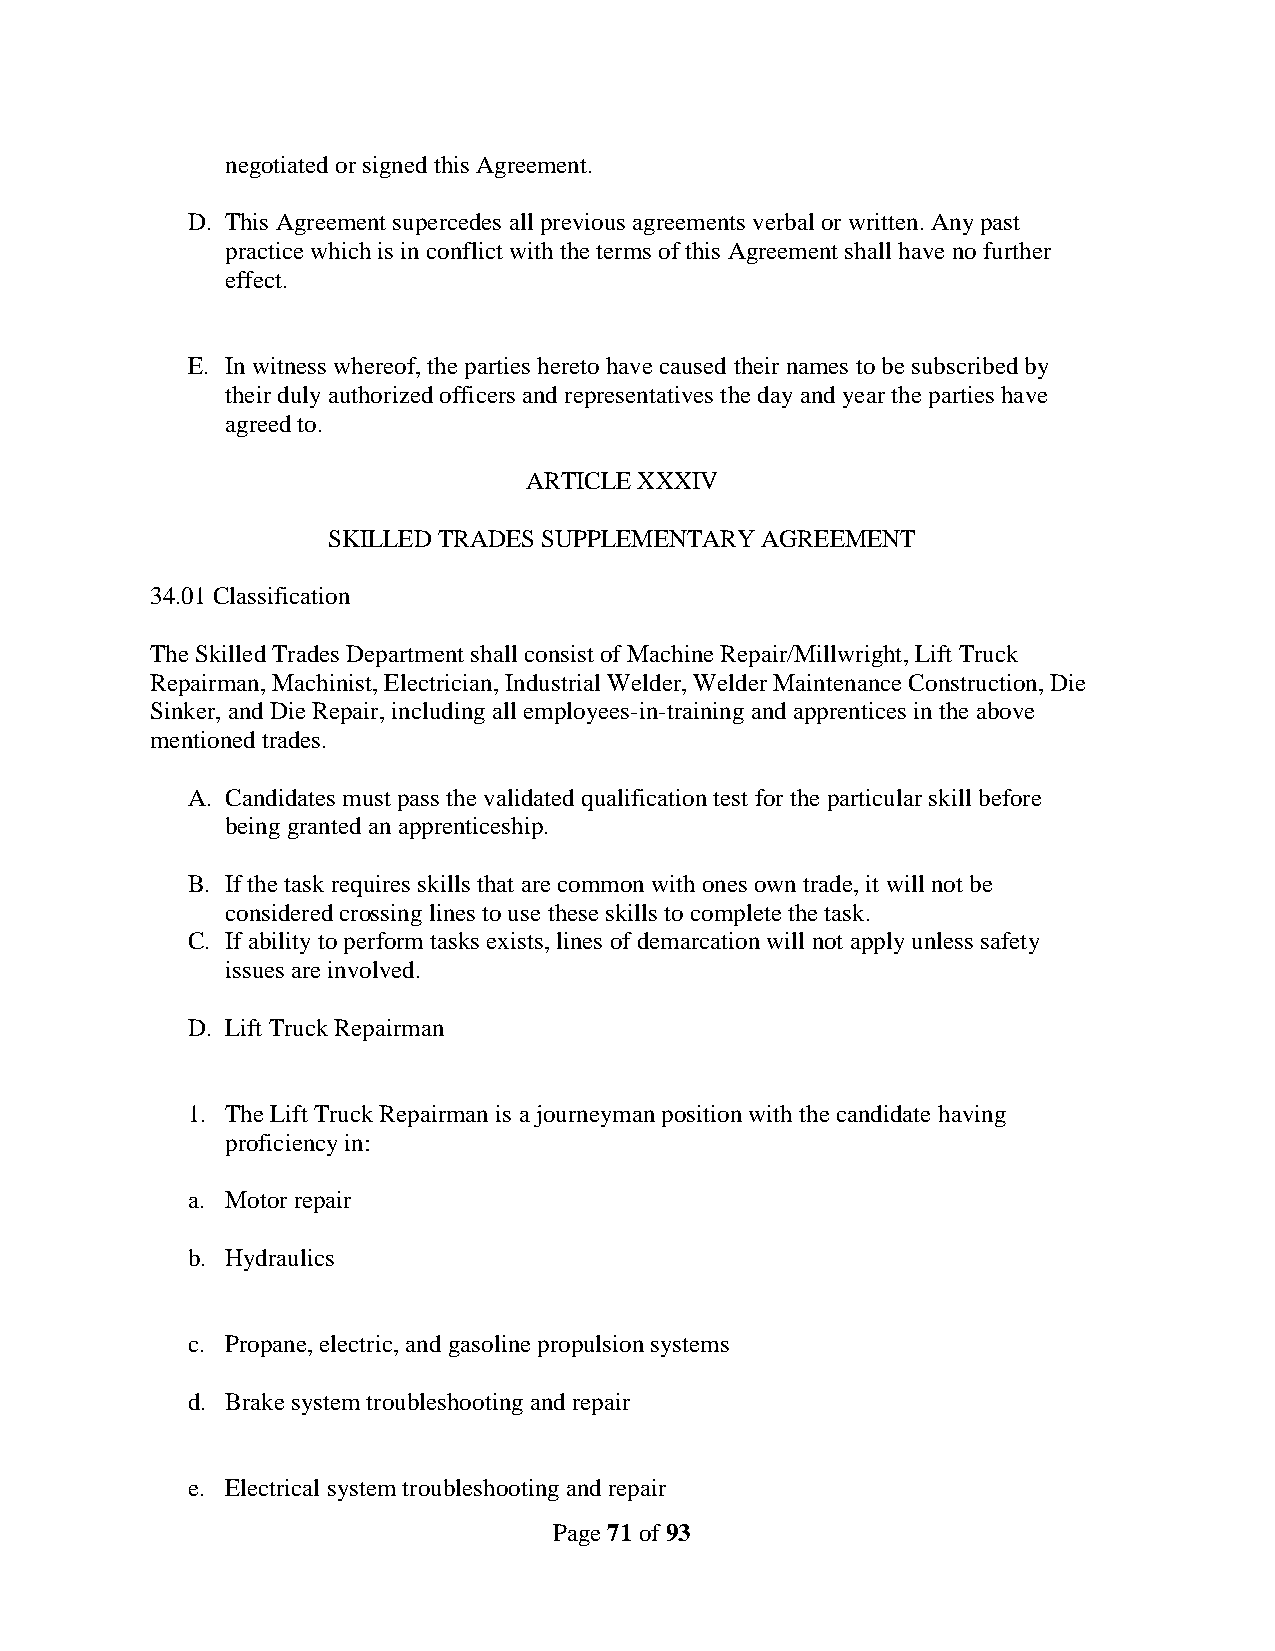
negotiated or signed this Agreement.
 D. This Agreement supercedes all previous agreements verbal or written. Any past
 practice which is in conflict with the terms of this Agreement shall have no further
 effect.
 E. In witness whereof, the parties hereto have caused their names to be subscribed by
 their duly authorized officers and representatives the day and year the parties have
 agreed to.
 ARTICLE XXXIV
 SKILLED TRADES SUPPLEMENTARY AGREEMENT
 34.01 Classification
 The Skilled Trades Department shall consist of Machine Repair/Millwright, Lift Truck
 Repairman, Machinist, Electrician, Industrial Welder, Welder Maintenance Construction, Die
 Sinker, and Die Repair, including all employees-in-training and apprentices in the above
 mentioned trades.
 A. Candidates must pass the validated qualification test for the particular skill before
 being granted an apprenticeship.
 B. If the task requires skills that are common with ones own trade, it will not be
 considered crossing lines to use these skills to complete the task.
 C. If ability to perform tasks exists, lines of demarcation will not apply unless safety
 issues are involved.
 D. Lift Truck Repairman
 1. The Lift Truck Repairman is a journeyman position with the candidate having
 proficiency in:
 a. Motor repair
 b. Hydraulics
 c. Propane, electric, and gasoline propulsion systems
 d. Brake system troubleshooting and repair
 e. Electrical system troubleshooting and repair
 Page 71 of 93